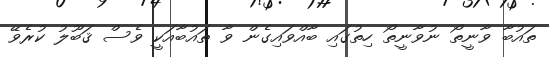
ތައުބާ ވާނީތޯ ނުވާނީތޯ ހިތުގައި ބާއްވައިގެން ވާ ތައުބާއަކީ ވެސް ޤަބޫލު ކުރެވޭ